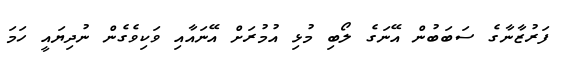
ފަރުޒާނާގެ ސަބަބުން އޭނަގެ ލޯބި މުޅި އުމުރަށް އޭނައާއި ވަކިވެގެން ނުދިޔައީ ހަމަ